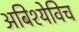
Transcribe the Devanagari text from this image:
अबिश्येविच